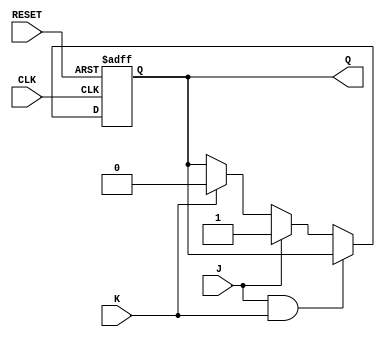
module jk_flipflop(
    input wire J, K, CLK, RESET,
    output reg Q
);

reg Q_next;

always @(posedge CLK or posedge RESET) begin
    if(RESET) begin
        Q <= 1'b0;
    end else begin
        Q <= Q_next;
    end
end

always @* begin
    if(J & K) begin
        Q_next <= Q; 
    end else if (J) begin
        Q_next <= 1'b1;
    end else if (K) begin
        Q_next <= 1'b0;
    end else begin
        Q_next <= Q;
    end
end

endmodule